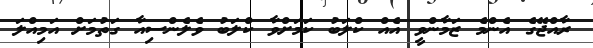
ރާއްޖޭގެ އެންމެ ޒަމާންވީ އެއް ކްލަބު ކަމަށްވާ ކްލަބު ވެލެންސިއާ ގަތުމަށް އަމިއްލަ